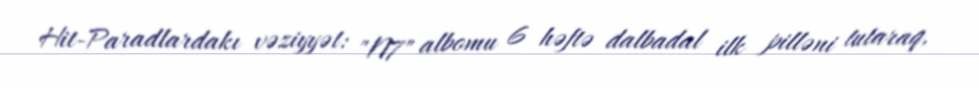
Hit-Paradlardakı vəziyyət: "N7" albomu 6 həftə dalbadal ilk pilləni tutaraq,